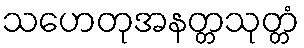
သဟေတုအနတ္တသုတ္တံ